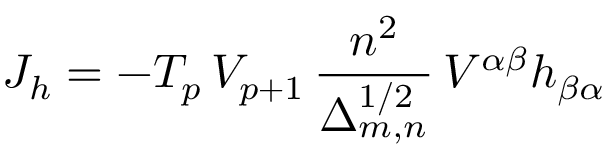
J _ { h } = - T _ { p } \, V _ { p + 1 } \, \frac { n ^ { 2 } } { \Delta _ { m , n } ^ { 1 / 2 } } \, V ^ { \alpha \beta } h _ { \beta \alpha }